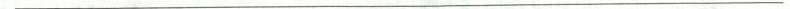
___